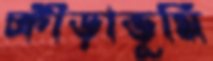
ক্রীড়াভূমি